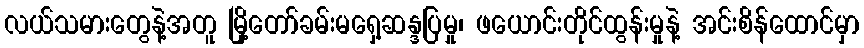
လယ်သမားတွေနဲ့အတူ မြို့တော်ခမ်းမရှေ့ဆန္ဒပြမှု၊ ဖယောင်းတိုင်ထွန်းမှုနဲ့ အင်းစိန်ထောင်မှာ